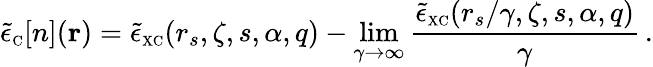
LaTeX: \tilde{\epsilon}_{\scriptscriptstyle\mathrm{C}}[n]({\mathbf r})=\tilde{\epsilon}_{\scriptscriptstyle\mathrm{XC}}(r_{s},\zeta,s,\alpha,q)-\operatorname*{lim}_{\gamma\to\infty}\frac{\tilde{\epsilon}_{\scriptscriptstyle\mathrm{XC}}(r_{s}/\gamma,\zeta,s,\alpha,q)}{\gamma}\, .